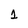
Character: 1